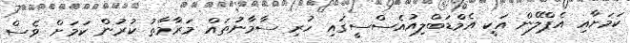
ކަމަށާއި އެޕްލޭން އަކީ އެމްޑަބްލިއުއެސްސީގައި ހުރި ސާމާނުތައް މަރާމާތު ކުރުން ކަމަށް ވެސް